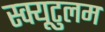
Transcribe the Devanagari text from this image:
स्क्यूटुलम